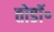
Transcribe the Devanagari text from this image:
तोडॉ॰